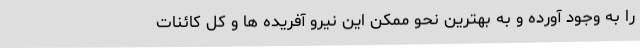
را به وجود آورده و به بهترین نحو ممکن این نیرو آفریده ها و کل کائنات